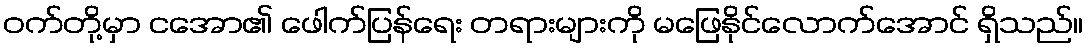
ဝက်တို့မှာ ငအော၏ ဖေါက်ပြန်ရေး တရားများကို မဖြေနိုင်လောက်အောင် ရှိသည်။